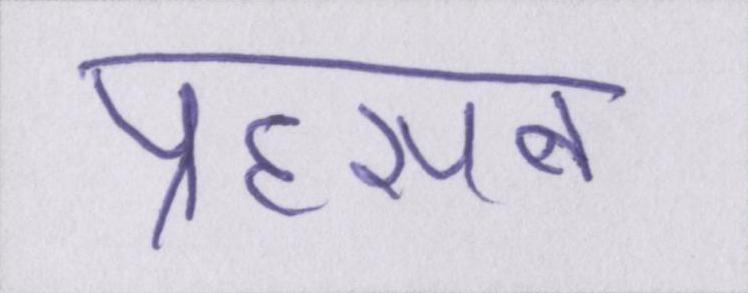
प्रहसन